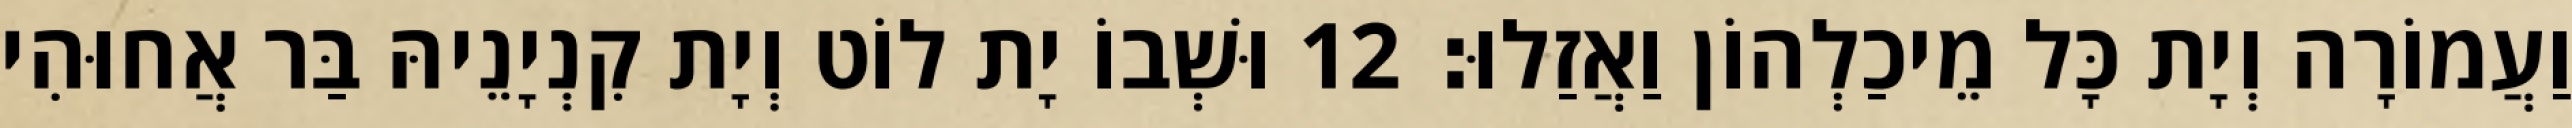
וַעֲמוֹרָה וְיָת כָּל מֵיכַלְהוֹן וַאֲזַלוּ׃ 12 וּשְׁבוֹ יָת לוֹט וְיָת קִנְיָנֵיהּ בַּר אֲחוּהִי